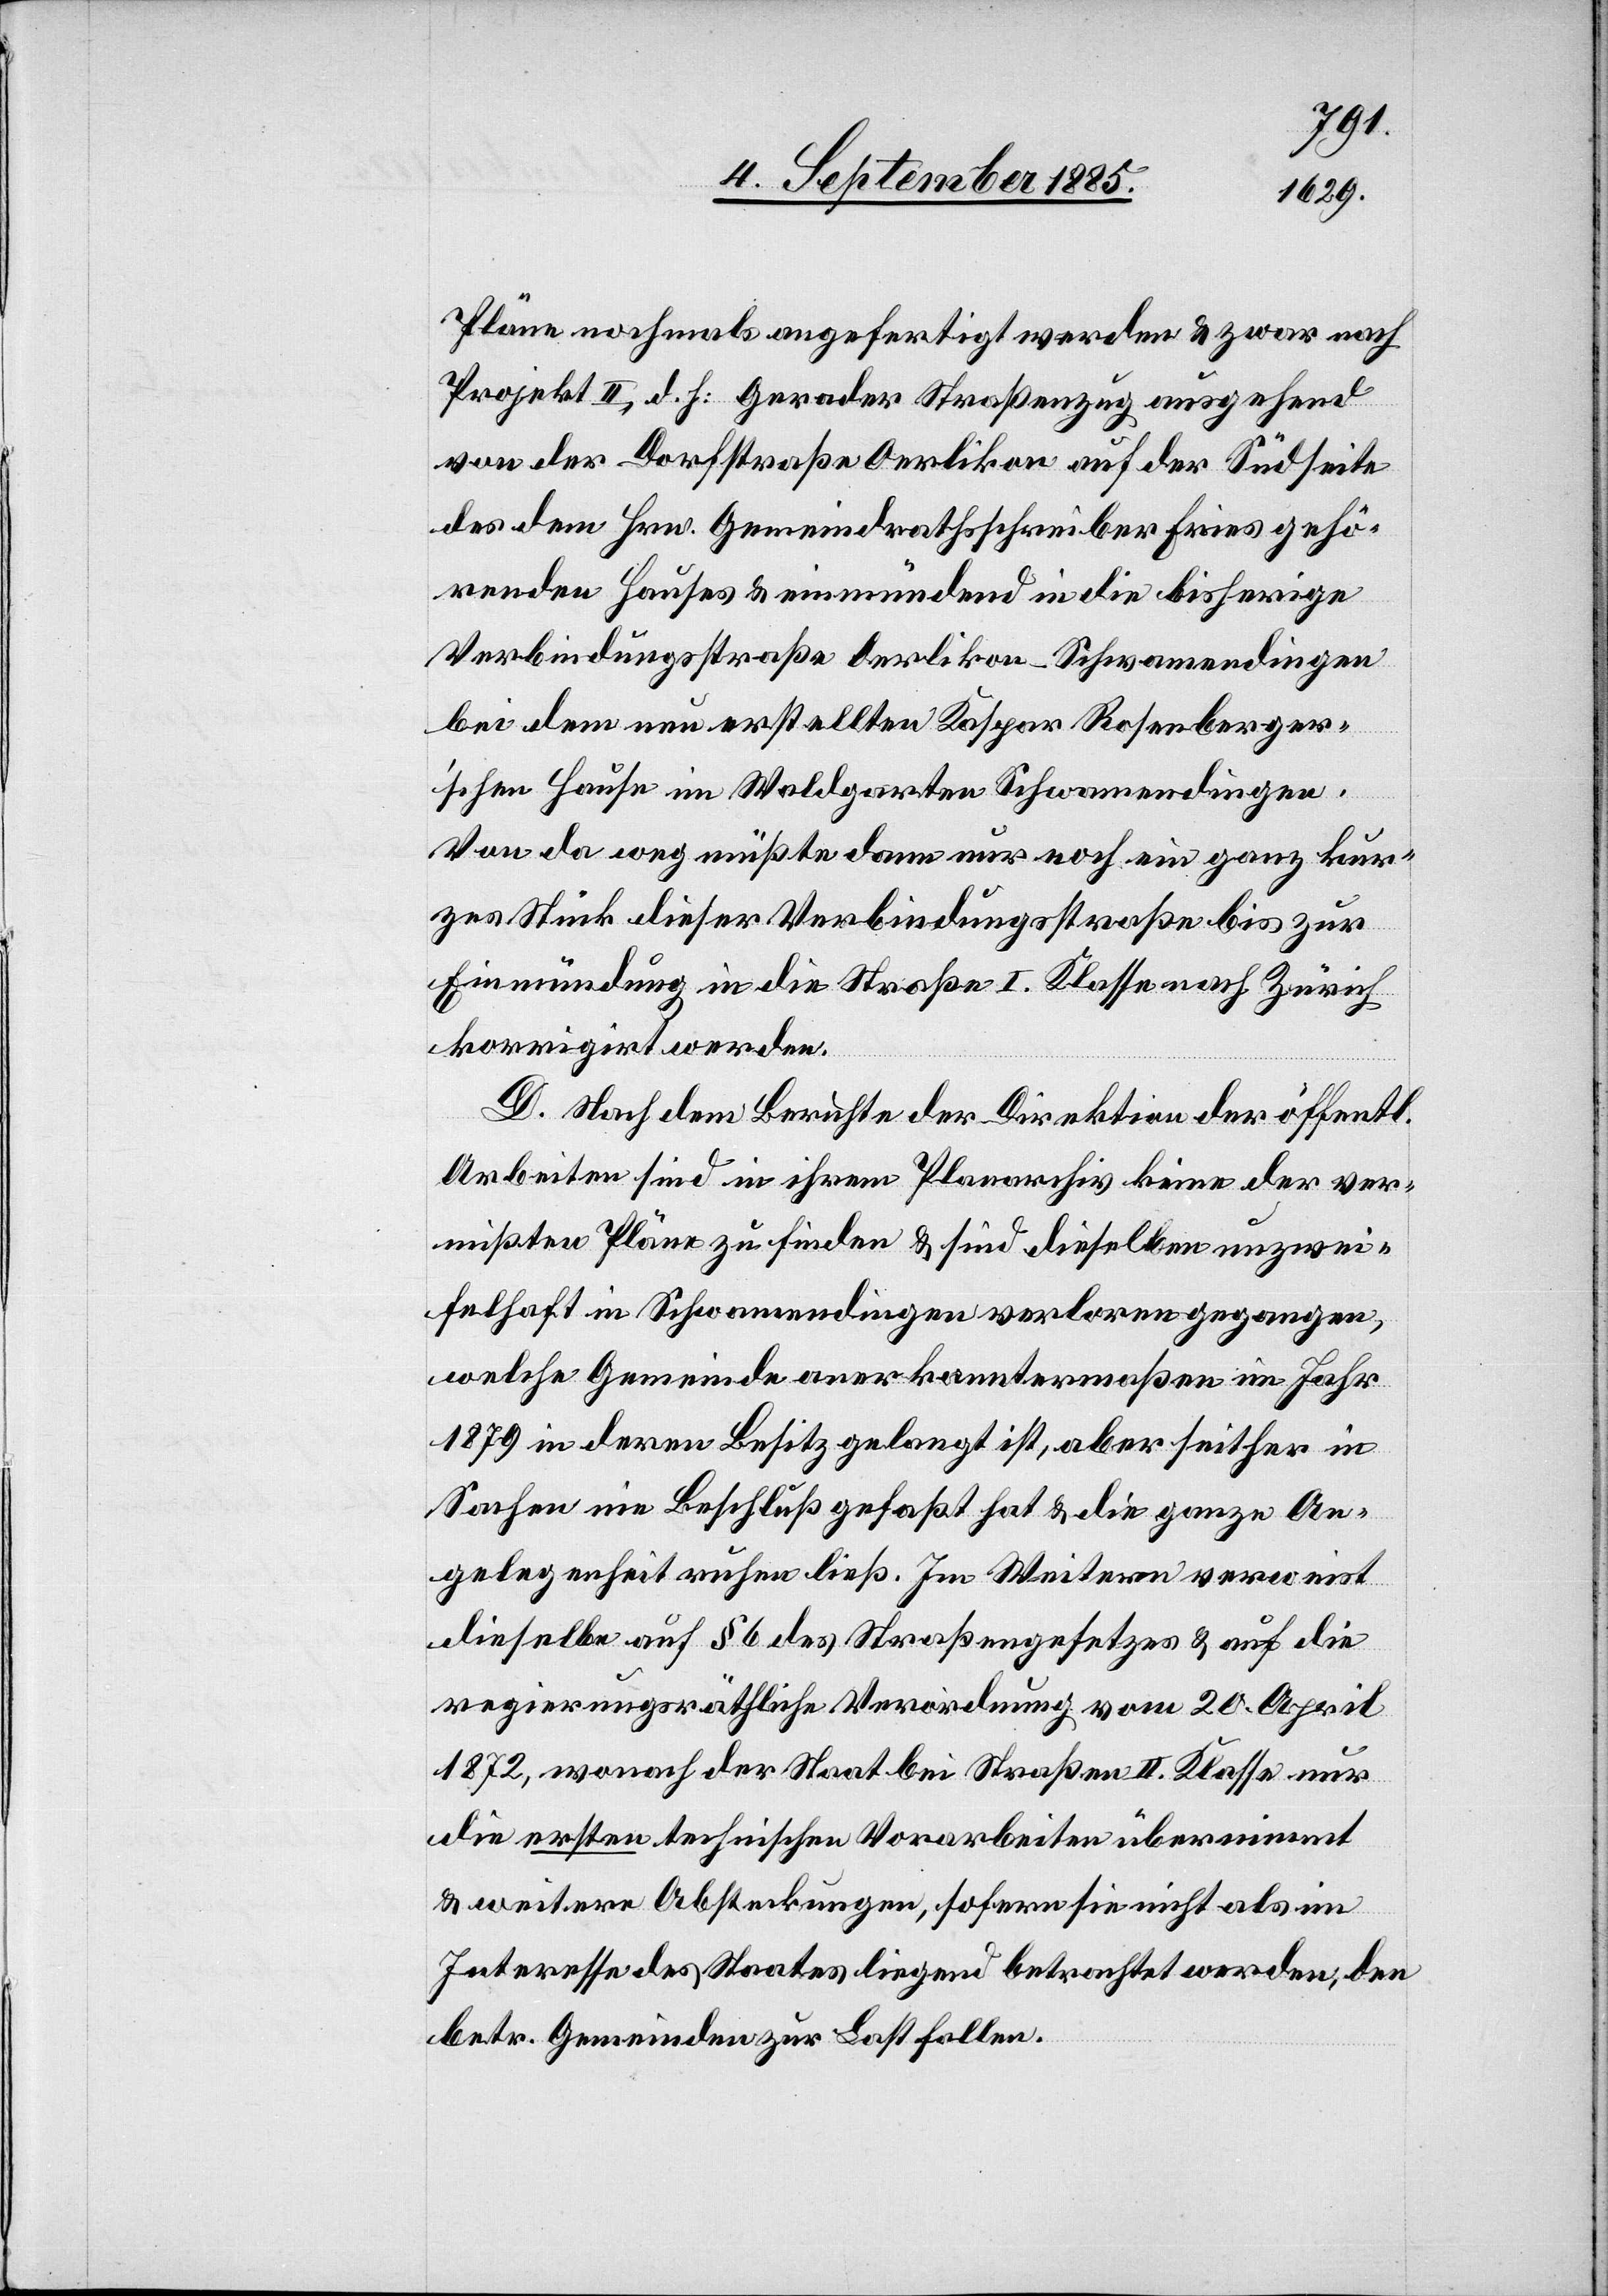
Pläne nochmals angefertigt werden & zwar nach
Projekt II, d. h.: Gerader Straßenzug ausgehend
von der Dorfstraße Oerlikon auf der Südseite
des dem Hrn. Gemeindrathsschreiber Fries gehö¬
renden Hauses & einmündend in die bisherige
Verbindungstraße Oerlikon–Schwamendingen
bei dem neu erstellten Kaspar Rosenberge¬
r’schen Hause im Waldgarten Schwamendingen.
Von da weg müßte dann nur noch ein ganz kur¬
zes Stück dieser Verbindungsstraße bis zur
Einmündung in die Straße I. Klasse nach Zürich
korrigirt werden.
D. Nach dem Berichte der Direktion der öffentl.
Arbeiten sind in ihrem Planarchiv keine der ver¬
mißten Pläne zu finden & sind dieselben unzwei¬
felhaft in Schwamendingen verloren gegangen,
welche Gemeinde anerkanntermaßen im Jahr
1879 in deren Besitz gelangt ist, aber seither in
Sachen nie Beschluß gefaßt hat & die ganze An¬
gelegenheit ruhen ließ. Im Weitern verweist
dieselbe auf § 6 des Straßengesetzes & auf die
regierungsräthliche Verordnung vom 20. April
1872, wonach der Staat bei Straßen II. Klasse nur
die ersten technischen Vorarbeiten übernimmt
& weitere Absteckungen, sofern sie nicht als im
Interesse des Staates liegend betrachtet werden, den
betr. Gemeinden zur Last fallen.